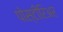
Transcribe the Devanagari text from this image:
पोस्टीरिअर